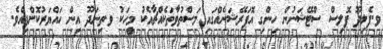
ވ.ފެލިދޫ ޕޮލިސް ސްޓޭޝަނުން ހިންގި އޮޕަރޭޝަނެއްގައި މަސްތުވާތަކެއްޗާއެކު މީހަކު ވ.ތިނަދޫ އިން ހައްޔަރުކޮށްފިއެވެ.